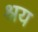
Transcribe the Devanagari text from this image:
श्रय